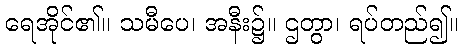
ရေအိုင်၏။ သမီပေ၊ အနီး၌။ ဌတွာ၊ ရပ်တည်၍။